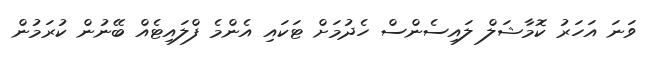
ވަނަ އަހަރު ކޮމާޝަލް ލައިސެންސް ހެދުމަށް ޓަކައި އެންމެ ފްލައިޓެއް ބޭނުން ކުރަމުން